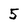
Character: 5